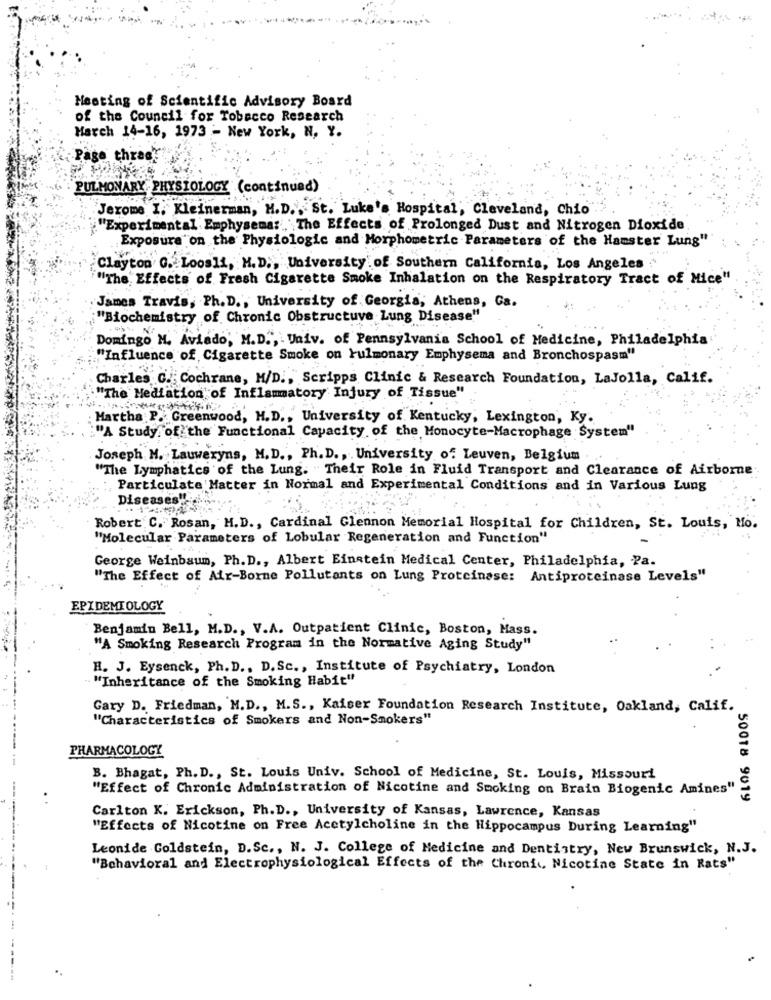
Meeting of Scientific Advisory Board
of the Council for Tobacco Research
March 14-16, 1973 - New York, N. Y.
Page thras
PULMONARY PHYSIOLOGY (continued)
Jerome I, Kleinerman, H.D ., St. Luke's Hospital, Cleveland, Chio
"Experimental Emphysema :, The Effects of Prolonged Dust and Nitrogen Dioxide
Exposure on the Physiologic and Morphometric Parameters of the Hamster Lung"
Clayton G. Loosli, M.D ., University of Southern California, Los Angeles
"The Effects of Fresh Cigarette Smoke Inhalation on the Respiratory Tract of Mice"
James Travis, Ph.D ., University of Georgia, Athens, Ca.
"Biochemistry of Chronic Obstructuve Lung Disease"
Domingo M. Aviado, M.D ., . Univ. of Pennsylvania School of Medicine, Philadelphia
"Influence of Cigarette Smoke on Pulmonary Emphysema and Bronchospasm"
Charles G. Cochrane, M/D ., Scripps Clinic & Research Foundation, LaJolla, Calif.
"The Mediation of Inflammatory Injury of Tissue"
Martha P. Greenwood, M.D ., University of Kentucky, Lexington, Ky.
"A Study of the Functional Capacity of the Monocyte-Macrophage System"
Joseph M. Lauweryns, M.D ., Ph. D. , University of Leuven, Belgium
"The Lymphatics of the Lung. " Their Role in Fluid Transport and Clearance of Airborne
Particulate Matter in Normal and Experimental Conditions and in Various Lung
Diseases !! ...
Robert C. Rosan, M.D ., Cardinal Glennon Memorial Hospital for Children, St. Louis, Mo.
"Molecular Parameters of Lobular Regeneration and Function"
George Weinbaum, Ph. D ., Albert Einstein Medical Center, Philadelphia, Pa.
"The Effect of Air-Borne Pollutants on Lung Proteinase: Antiproteinase Levels"
EPIDEMIOLOGY
Benjamin Bell, M.D ., V.A. Outpatient Clinic, Boston, Mass.
"A Smoking Research Program in the Normative Aging Study"
H. J. Eysenck, Ph. D ., D. Sc ., Institute of Psychiatry, London
"Inheritance of the Smoking Habit"
Gary D. Friedman, M.D ., M.S ., Kaiser Foundation Research Institute, Oakland, Calif.
"Characteristics of Smokers and Non-Smokers"
PHARMACOLOGY
B. Bhagat, Ph. D ., St. Louis Univ. School of Medicine, St. Louis, Missouri
"Effect of Chronic Administration of Nicotine and Smoking on Brain Biogenic Amines"
50018 9019
Carlton K. Erickson, Ph. D ., University of Kansas, Lawrence, Kansas
"Effects of Nicotine on Free Acetylcholine in the Hippocampus During Learning"
Leonide Goldstein, D.Sc ., N. J. College of Medicine and Dentistry, New Brunswick, N.J.
"Behavioral and Electrophysiological Effects of the Chronic, Nicotine State in Rats"